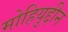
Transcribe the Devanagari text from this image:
मोहियुद्दीन